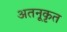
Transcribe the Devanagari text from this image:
अतनूकृत